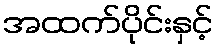
အထက်ပိုင်းနှင့်